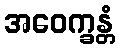
အဝေက္ခန္တံ